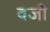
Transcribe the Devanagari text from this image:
वजी